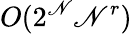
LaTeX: O(2^{\mathscr{N}}\mathscr{N}^{r})